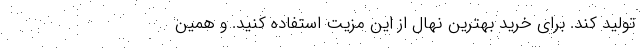
تولید کند. برای خرید بهترین نهال از این مزیت استفاده کنید. و همین